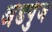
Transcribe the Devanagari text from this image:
अंडपुंज